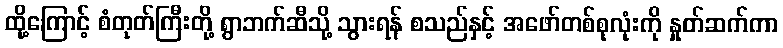
ထို့ကြောင့် စံတုတ်ကြီးတို့ ရွာဘက်ဆီသို့ သွားရန် စသည်နှင့် အဖော်တစ်စုလုံးကို နှုတ်ဆက်ကာ